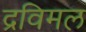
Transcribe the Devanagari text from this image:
द्रविमल